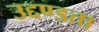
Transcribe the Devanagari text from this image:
उद्दण्डता